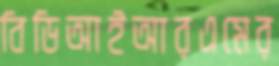
বিডিআইআরএমের